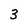
Character: 3